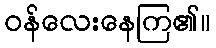
ဝန်လေးနေကြ၏။